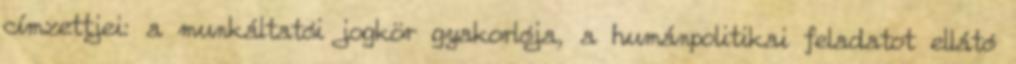
címzettjei: a munkáltatói jogkör gyakorlója, a humánpolitikai feladatot ellátó